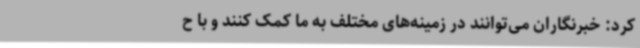
کرد: خبرنگاران می‌توانند در زمینه‌های مختلف به ما کمک کنند و با ح